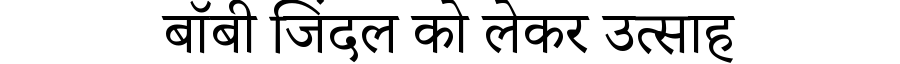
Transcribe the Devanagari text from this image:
बॉबी जिंदल को लेकर उत्साह